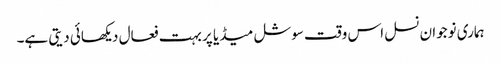
ہماری نوجوان نسل اس وقت سوشل میڈیا پر بہت فعال دیکھائی دیتی ہے۔